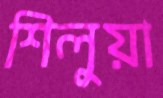
শিলুয়া